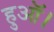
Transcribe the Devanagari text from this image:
हुऑ।